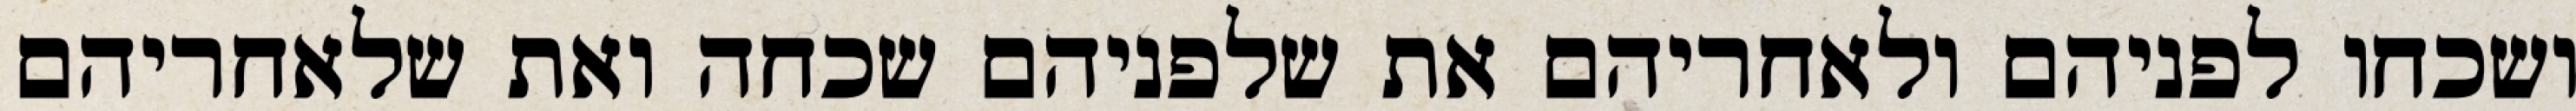
ושכחו לפניהם ולאחריהם את שלפניהם שכחה ואת שלאחריהם